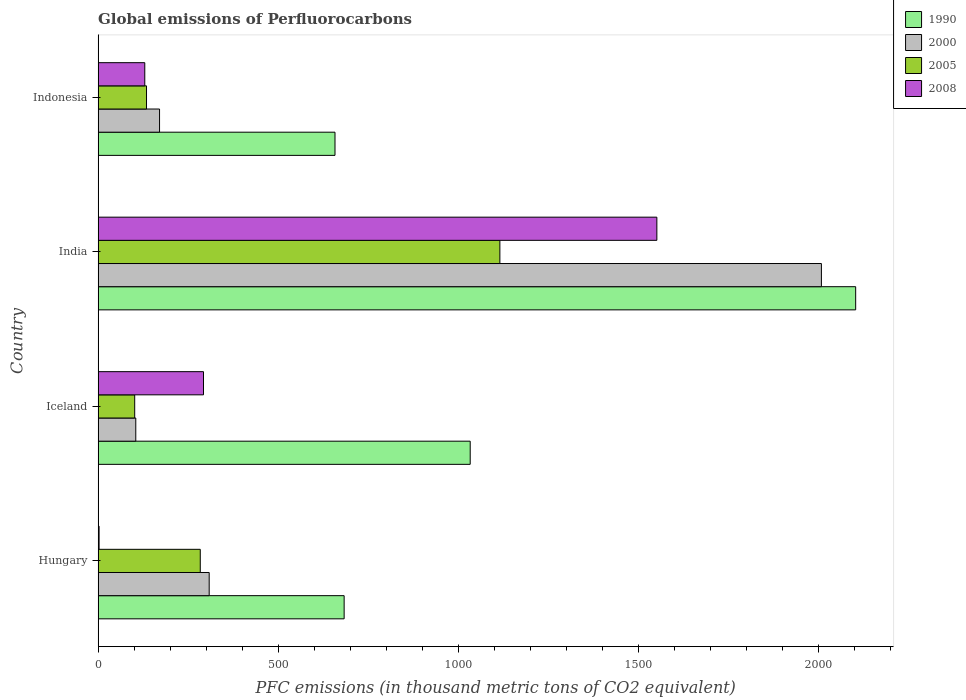
| Country | 1990 | 2000 | 2005 | 2008 |
 | --- | --- | --- | --- | --- |
 | Hungary | 683 | 308 | 284 | 2.7 |
 | Iceland | 1.03e+03 | 105 | 102 | 293 |
 | India | 2.1e+03 | 2.01e+03 | 1.12e+03 | 1.55e+03 |
 | Indonesia | 658 | 171 | 134 | 130 |